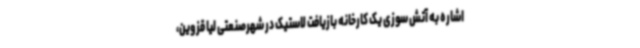
اشاره به آتش سوزی یک کارخانه بازیافت لاستیک در شهرصنعتی لیا قزوین،